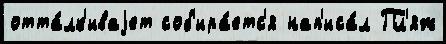
отта́лк'иваjет соб'ира́етс'я нап'иса́л Пл'яж